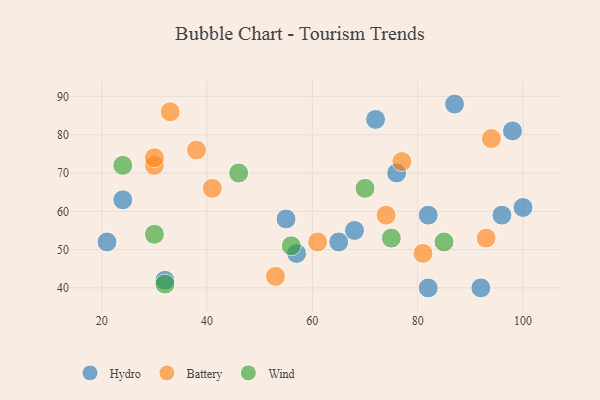
{"axis": {"x": "GDP", "y": "Life Expectancy"}, "legend": ["Battery", "Hydro", "Wind"], "data": [{"x": "100", "y": 61, "type": "Hydro"}, {"x": "82", "y": 40, "type": "Hydro"}, {"x": "76", "y": 70, "type": "Hydro"}, {"x": "96", "y": 59, "type": "Hydro"}, {"x": "65", "y": 52, "type": "Hydro"}, {"x": "98", "y": 81, "type": "Hydro"}, {"x": "92", "y": 40, "type": "Hydro"}, {"x": "24", "y": 63, "type": "Hydro"}, {"x": "87", "y": 88, "type": "Hydro"}, {"x": "57", "y": 49, "type": "Hydro"}, {"x": "82", "y": 59, "type": "Hydro"}, {"x": "55", "y": 58, "type": "Hydro"}, {"x": "68", "y": 55, "type": "Hydro"}, {"x": "32", "y": 42, "type": "Hydro"}, {"x": "21", "y": 52, "type": "Hydro"}, {"x": "72", "y": 84, "type": "Hydro"}, {"x": "30", "y": 72, "type": "Battery"}, {"x": "41", "y": 66, "type": "Battery"}, {"x": "94", "y": 79, "type": "Battery"}, {"x": "53", "y": 43, "type": "Battery"}, {"x": "30", "y": 74, "type": "Battery"}, {"x": "74", "y": 59, "type": "Battery"}, {"x": "61", "y": 52, "type": "Battery"}, {"x": "33", "y": 86, "type": "Battery"}, {"x": "38", "y": 76, "type": "Battery"}, {"x": "93", "y": 53, "type": "Battery"}, {"x": "81", "y": 49, "type": "Battery"}, {"x": "77", "y": 73, "type": "Battery"}, {"x": "46", "y": 70, "type": "Wind"}, {"x": "70", "y": 66, "type": "Wind"}, {"x": "32", "y": 41, "type": "Wind"}, {"x": "24", "y": 72, "type": "Wind"}, {"x": "85", "y": 52, "type": "Wind"}, {"x": "30", "y": 54, "type": "Wind"}, {"x": "75", "y": 53, "type": "Wind"}, {"x": "56", "y": 51, "type": "Wind"}]}